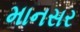
માનસર